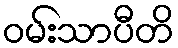
ဝမ်းသာပီတိ